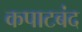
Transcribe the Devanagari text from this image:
कपाटबंद